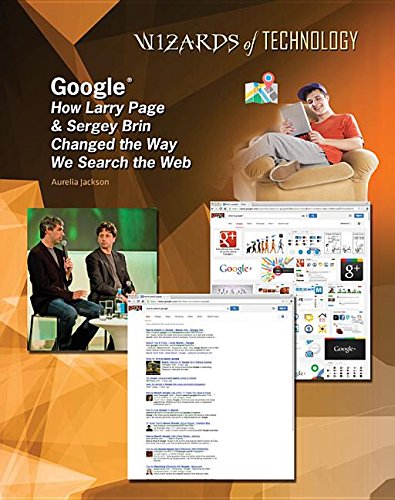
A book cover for Google: How Larry Page & Sergey Brin Changed the Way We Search the Web (Wizards of Technology); Aurelia Jackson; Teen & Young Adult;